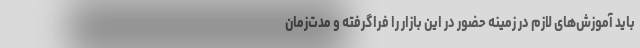
باید آموزش‌های لازم در زمینه حضور در این بازار را فراگرفته و مدت‌زمان